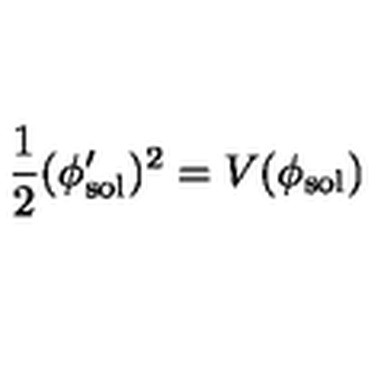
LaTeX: \frac { 1 } { 2 } ( \phi _ { \mathrm { s o l } } ^ { \prime } ) ^ { 2 } = V ( \phi _ { \mathrm { s o l } } )